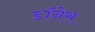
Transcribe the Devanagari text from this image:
डॉनेस